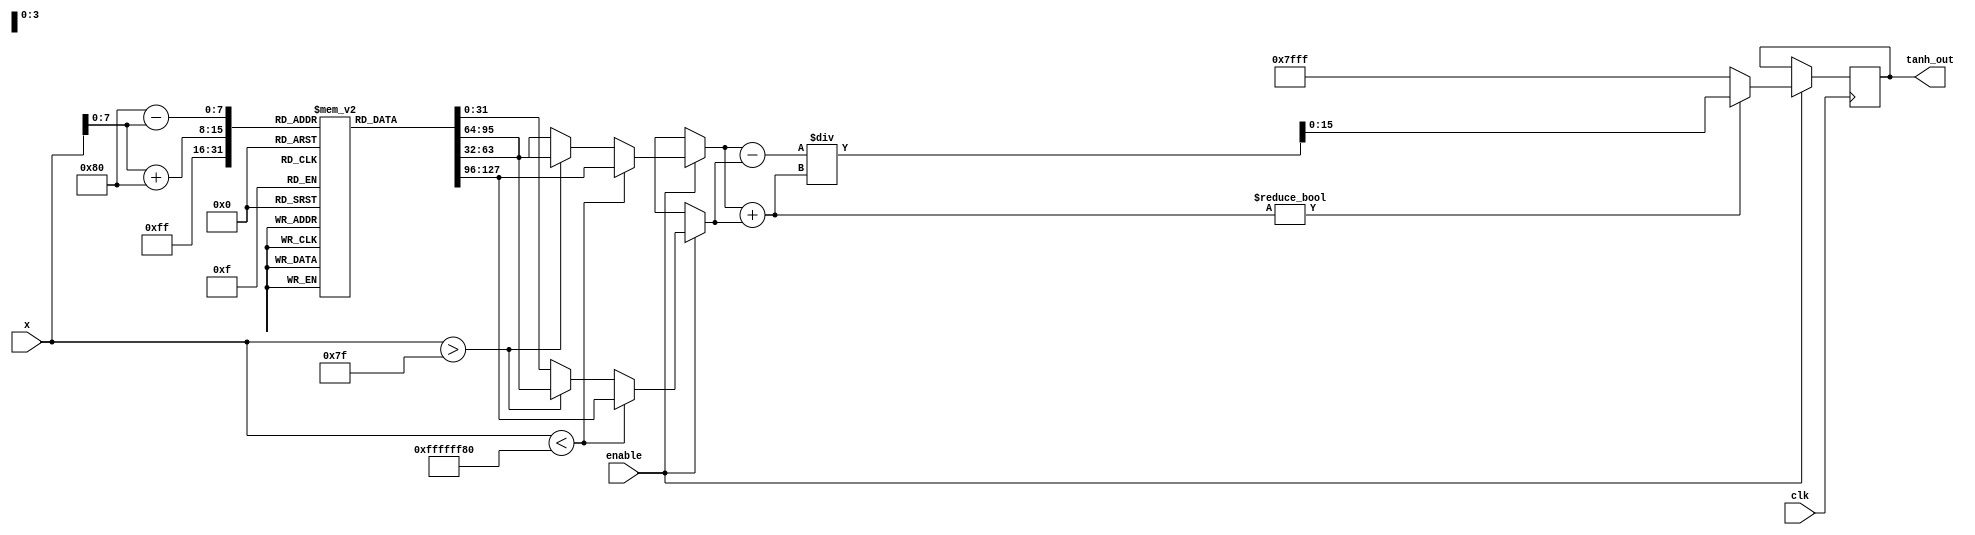
module tanh_block (
    input wire [15:0] x,       // 16-bit signed fixed-point input
    input wire clk,            // Clock signal
    input wire enable,         // Enable signal
    output reg [15:0] tanh_out // 16-bit signed fixed-point output
);

    reg signed [31:0] exp_x;   // Extended width for exponential calculation
    reg signed [31:0] exp_neg_x;
    reg signed [31:0] numerator;
    reg signed [31:0] denominator;

    // Lookup table for e^x and e^-x (for simplicity, pre-computed values)
    // In practice, this would be generated based on the input range
    reg signed [31:0] exp_lut [0:255]; // Example LUT size for inputs [-128, 127]
    
    initial begin
        // Initialize lookup table with pre-computed values
        // This is just an example; actual values should be computed
        exp_lut[0] = 32'd1; // e^0
        // Fill with appropriate exponential values...
    end

    // Exponential calculation using a lookup table
    always @(posedge clk) begin
        if (enable) begin
            // Clamp input to LUT range for simplicity
            if (x < -128) begin
                exp_x = exp_lut[0]; // e^-128
                exp_neg_x = exp_lut[0]; // e^128
            end else if (x > 127) begin
                exp_x = exp_lut[255]; // e^127
                exp_neg_x = exp_lut[255]; // e^-127
            end else begin
                exp_x = exp_lut[x + 128]; // Adjust index for LUT
                exp_neg_x = exp_lut[128 - x]; // e^-x
            end
            
            // Compute numerator and denominator
            numerator = exp_x - exp_neg_x;
            denominator = exp_x + exp_neg_x;

            // Compute tanh(x) = numerator / denominator
            if (denominator != 0) begin
                tanh_out = numerator / denominator; // Fixed-point division
            end else begin
                tanh_out = 16'h7FFF; // Saturate to 1 if denominator is 0
            end
        end
    end

endmodule